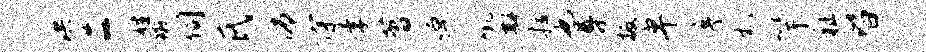
洪二姓徽伺氏沛深李苕倬吼斟拉也尊扳卑序札竽祉皆